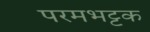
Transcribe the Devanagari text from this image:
परमभट्टक